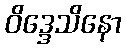
ဝိဒ္ဒေသိနော